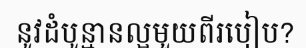
នូវដំបូន្មានល្អមួយពីរបៀប?